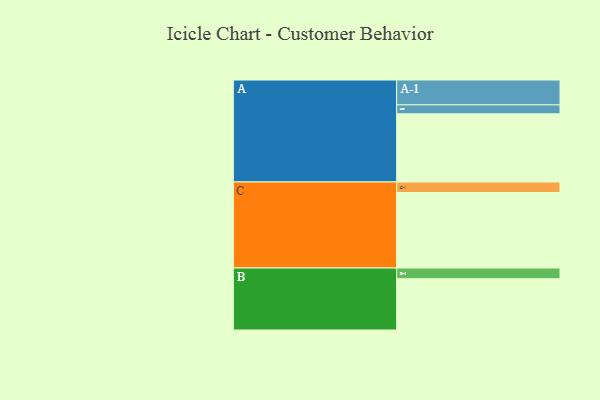
{"axis": {"x": "Segment", "y": "Value"}, "legend": ["", "A", "B", "C"], "data": [{"x": "A", "y": 523, "type": ""}, {"x": "B", "y": 394, "type": ""}, {"x": "C", "y": 580, "type": ""}, {"x": "A-1", "y": 191, "type": "A"}, {"x": "A-2", "y": 69, "type": "A"}, {"x": "B-1", "y": 82, "type": "B"}, {"x": "C-1", "y": 81, "type": "C"}]}